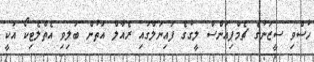
ހުސްވި ސީޒަނުގެ ޗެމްޕިއަންސް ލީގުގެ ފައިނަލްގައި ރެއާލް އަތުން ބަލިވި އެތްލެޓިކޯ އަކީ